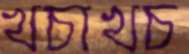
খচাখচ